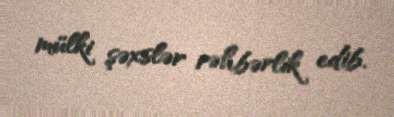
mülki şəxslər rəhbərlik edib.